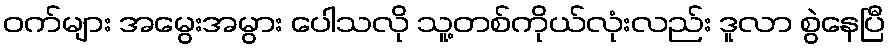
ဝက်များ အမွေးအမွား ပေါသလို သူ့တစ်ကိုယ်လုံးလည်း ဒူလာ စွဲနေပြီ